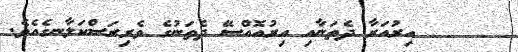
١٧     އިރުއަރާ ދެތަނާއި އިރުއޮއްސޭ ދެތަނުގެ ވެރިރަސްކަލާނގެއެވެ.